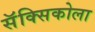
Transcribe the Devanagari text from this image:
सॅक्सिकोला